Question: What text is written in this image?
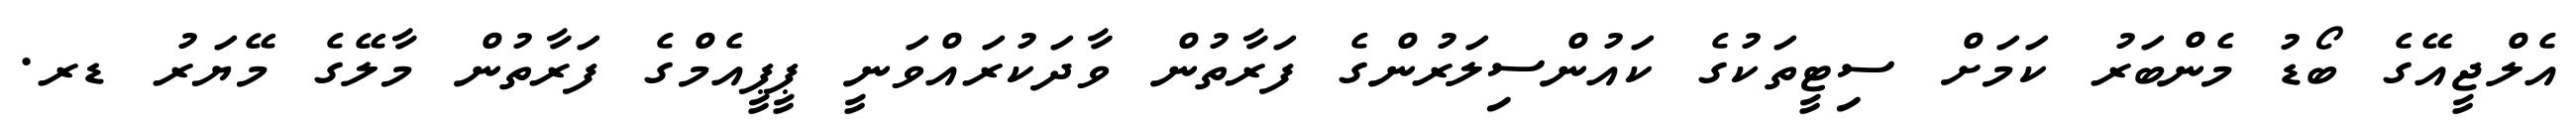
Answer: އެލްޖީއޭގެ ބޯޑު މެންބަރު ކަމަށް ސިޓީތަކުގެ ކައުންސިލަރުންގެ ފަރާތުން ވާދަކުރައްވަނީ ޕީޕީއެމްގެ ފަރާތުން މާލޭގެ މޭޔަރު ޑރ.